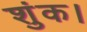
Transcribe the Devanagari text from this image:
शुंक।